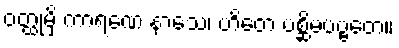
ဝတ္ထုမှိ ကာရဏေ နာသေ၊ ဟိတေ ပစ္ဆိမပဗ္ဗတေ။